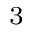
_ 3